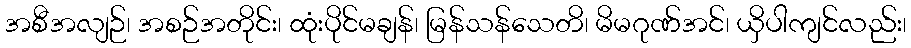
အစီအလျဉ်၊ အစဉ်အတိုင်း၊ ထုံးပိုင်မချန်၊ မြန်သန်သေတိ၊ မိမဂုဏ်အင်၊ ယှိပါကျင်လည်း၊